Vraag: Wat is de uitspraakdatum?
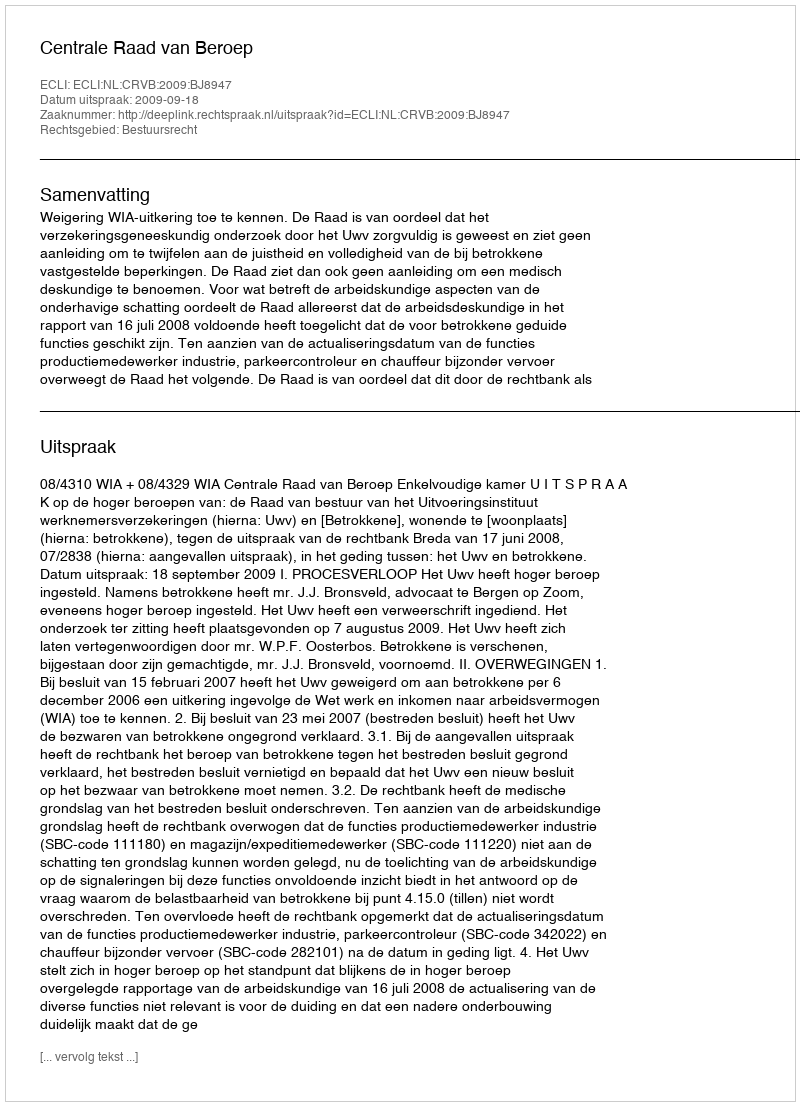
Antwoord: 2009-09-18